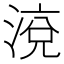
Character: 渷